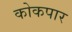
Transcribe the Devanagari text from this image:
कोकपार